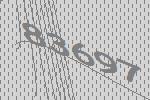
83697